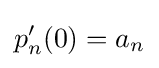
p_{n}'(0)=a_{n}